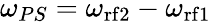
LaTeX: \omega_{PS}=\omega_{\mathrm{{rf}2}}-\omega_{\mathrm{{rf}1}}